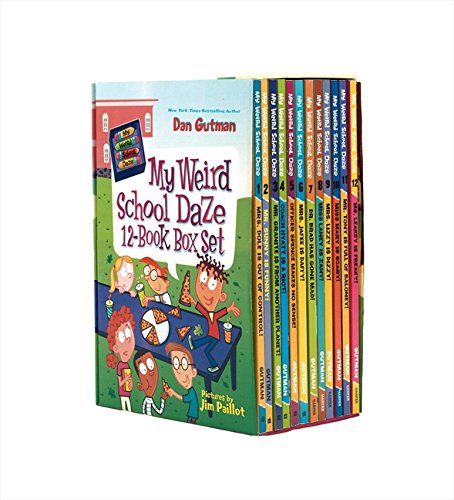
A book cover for My Weird School Daze 12-Book Box Set: Books 1-12; Dan Gutman; Children's Books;